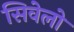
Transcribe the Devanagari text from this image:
सिवेलो